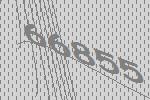
66855